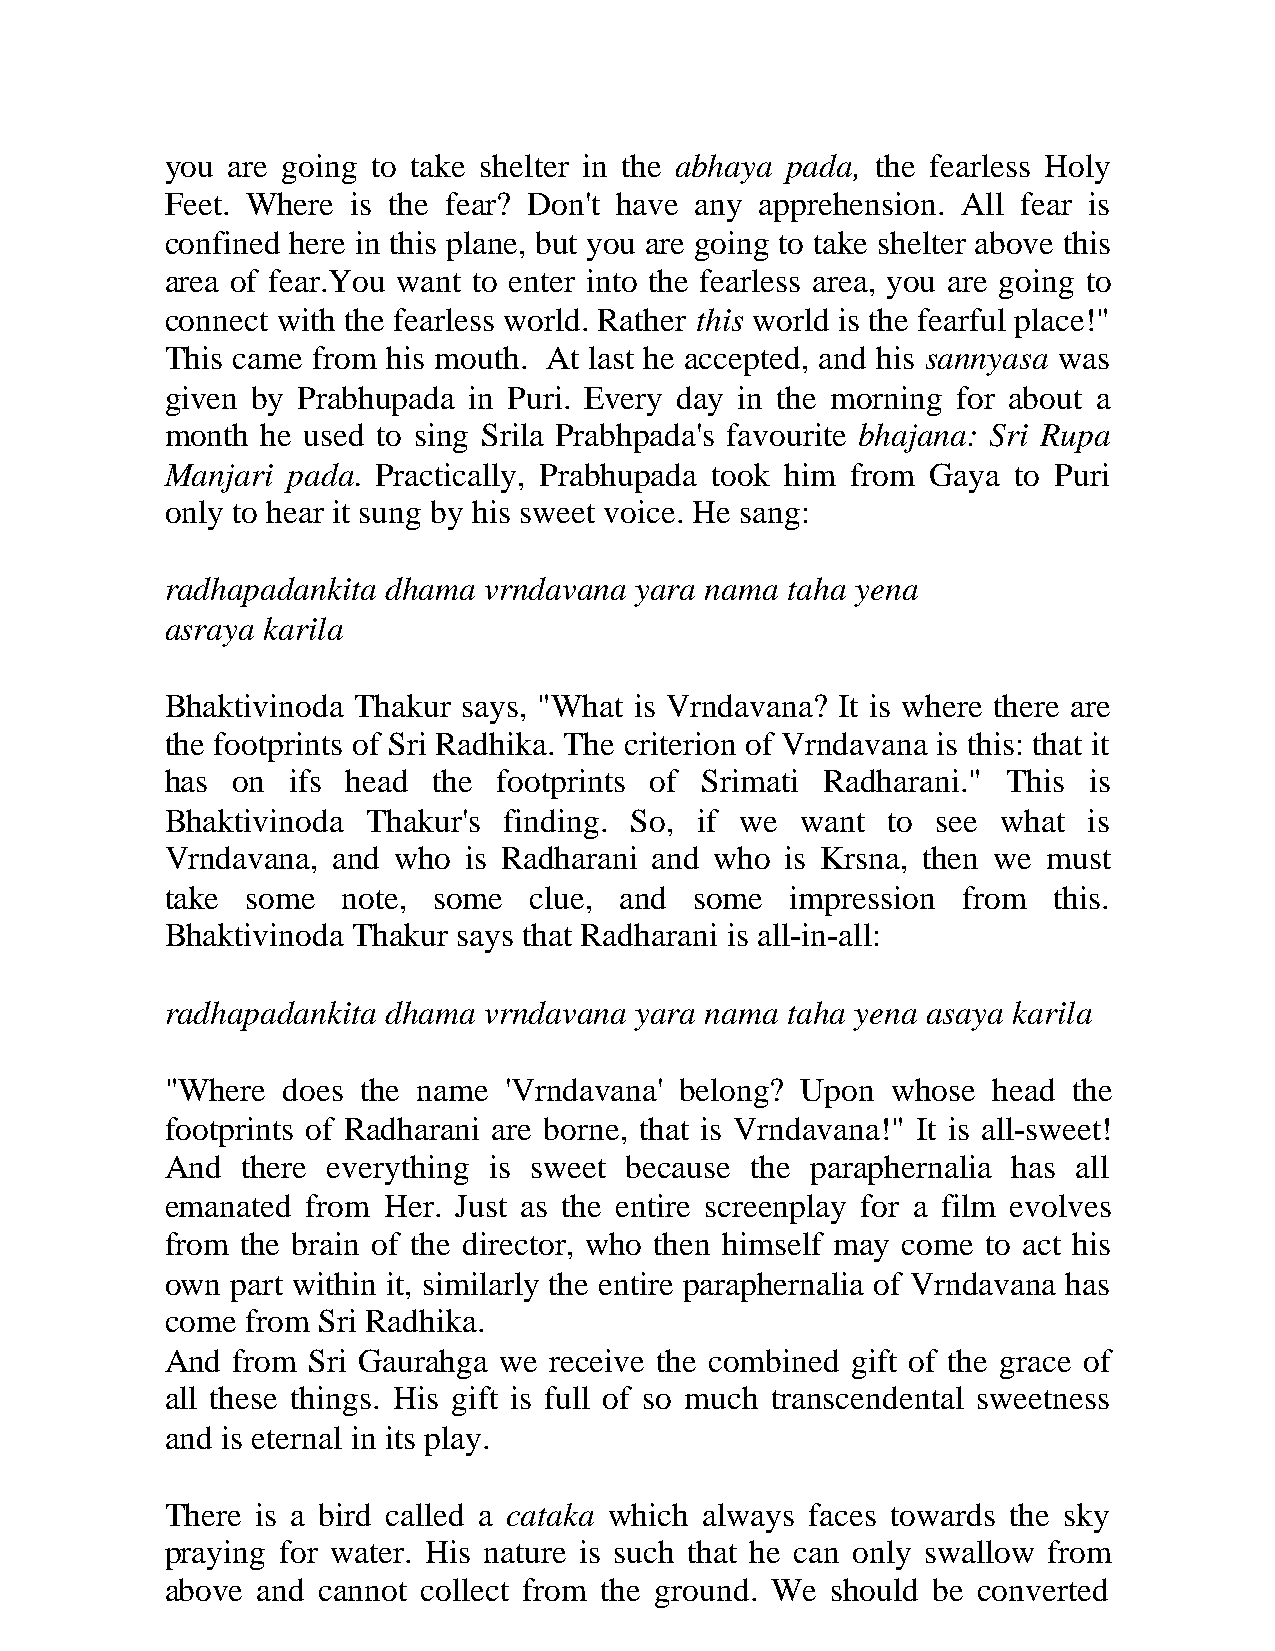
you are going to take shelter in the abhaya pada, the fearless Holy
 Feet. Where is the fear? Don't have any apprehension. All fear is
 confined here in this plane, but you are going to take shelter above this
 area of fear.You want to enter into the fearless area, you are going to
 connect with the fearless world. Rather this world is the fearful place!"
 This came from his mouth. At last he accepted, and his sannyasa was
 given by Prabhupada in Puri. Every day in the morning for about a
 month he used to sing Srila Prabhpada's favourite bhajana: Sri Rupa
 Manjari pada. Practically, Prabhupada took him from Gaya to Puri
 only to hear it sung by his sweet voice. He sang:
 radhapadankita dhama vrndavana yara nama taha yena
 asraya karila
 Bhaktivinoda Thakur says, "What is Vrndavana? It is where there are
 the footprints of Sri Radhika. The criterion of Vrndavana is this: that it
 has on  ifs head  the footprints of Srimati Radharani." This is
 Bhaktivinoda Thakur's finding. So, if we  want  to see what  is
 Vrndavana, and who  is Radharani and who is Krsna, then we must
 take some   note, some  clue, and  some  impression  from  this.
 Bhaktivinoda Thakur says that Radharani is all-in-all:
 radhapadankita dhama vrndavana yara nama taha yena asaya karila
 "Where  does the name 'Vrndavana' belong? Upon  whose  head the
 footprints of Radharani are borne, that is Vrndavana!" It is all-sweet!
 And  there everything is sweet because the paraphernalia has all
 emanated from Her. Just as the entire screenplay for a film evolves
 from the brain of the director, who then himself may come to act his
 own part within it, similarly the entire paraphernalia of Vrndavana has
 come from Sri Radhika.
 And from Sri Gaurahga we receive the combined gift of the grace of
 all these things. His gift is full of so much transcendental sweetness
 and is eternal in its play.
 There is a bird called a cataka which always faces towards the sky
 praying for water. His nature is such that he can only swallow from
 above and cannot collect from the ground. We should be converted